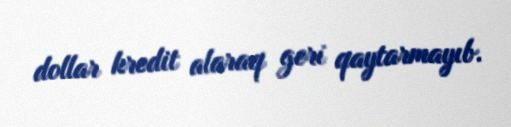
dollar kredit alaraq geri qaytarmayıb.